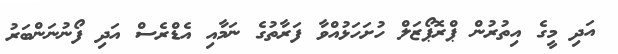
އަދި މީގެ އިތުރުން ޕްރޮޕޯޒަލް ހުށަހަޅުއްވާ ފަރާތުގެ ނަމާއި އެޑްރެސް އަދި ފޯނުނަންބަރު